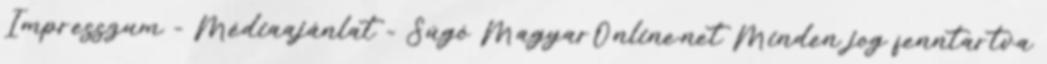
Impresszum - Médiaajánlat - Súgó MagyarOnline.net Minden jog fenntartva